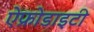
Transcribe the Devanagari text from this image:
ऐफ्रोडाइटी